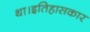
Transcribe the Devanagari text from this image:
था।इतिहासकार